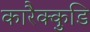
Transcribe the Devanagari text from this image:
कारैक्कुडि